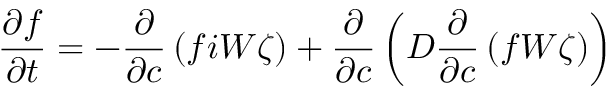
\frac { \partial f } { \partial t } = - \frac { \partial } { \partial c } \left( f i W \zeta \right) + \frac { \partial } { \partial c } \left( D \frac { \partial } { \partial c } \left( f W \zeta \right) \right)